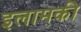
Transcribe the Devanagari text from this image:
इलामकी